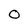
Character: 0